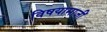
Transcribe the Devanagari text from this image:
विषयामाजीं